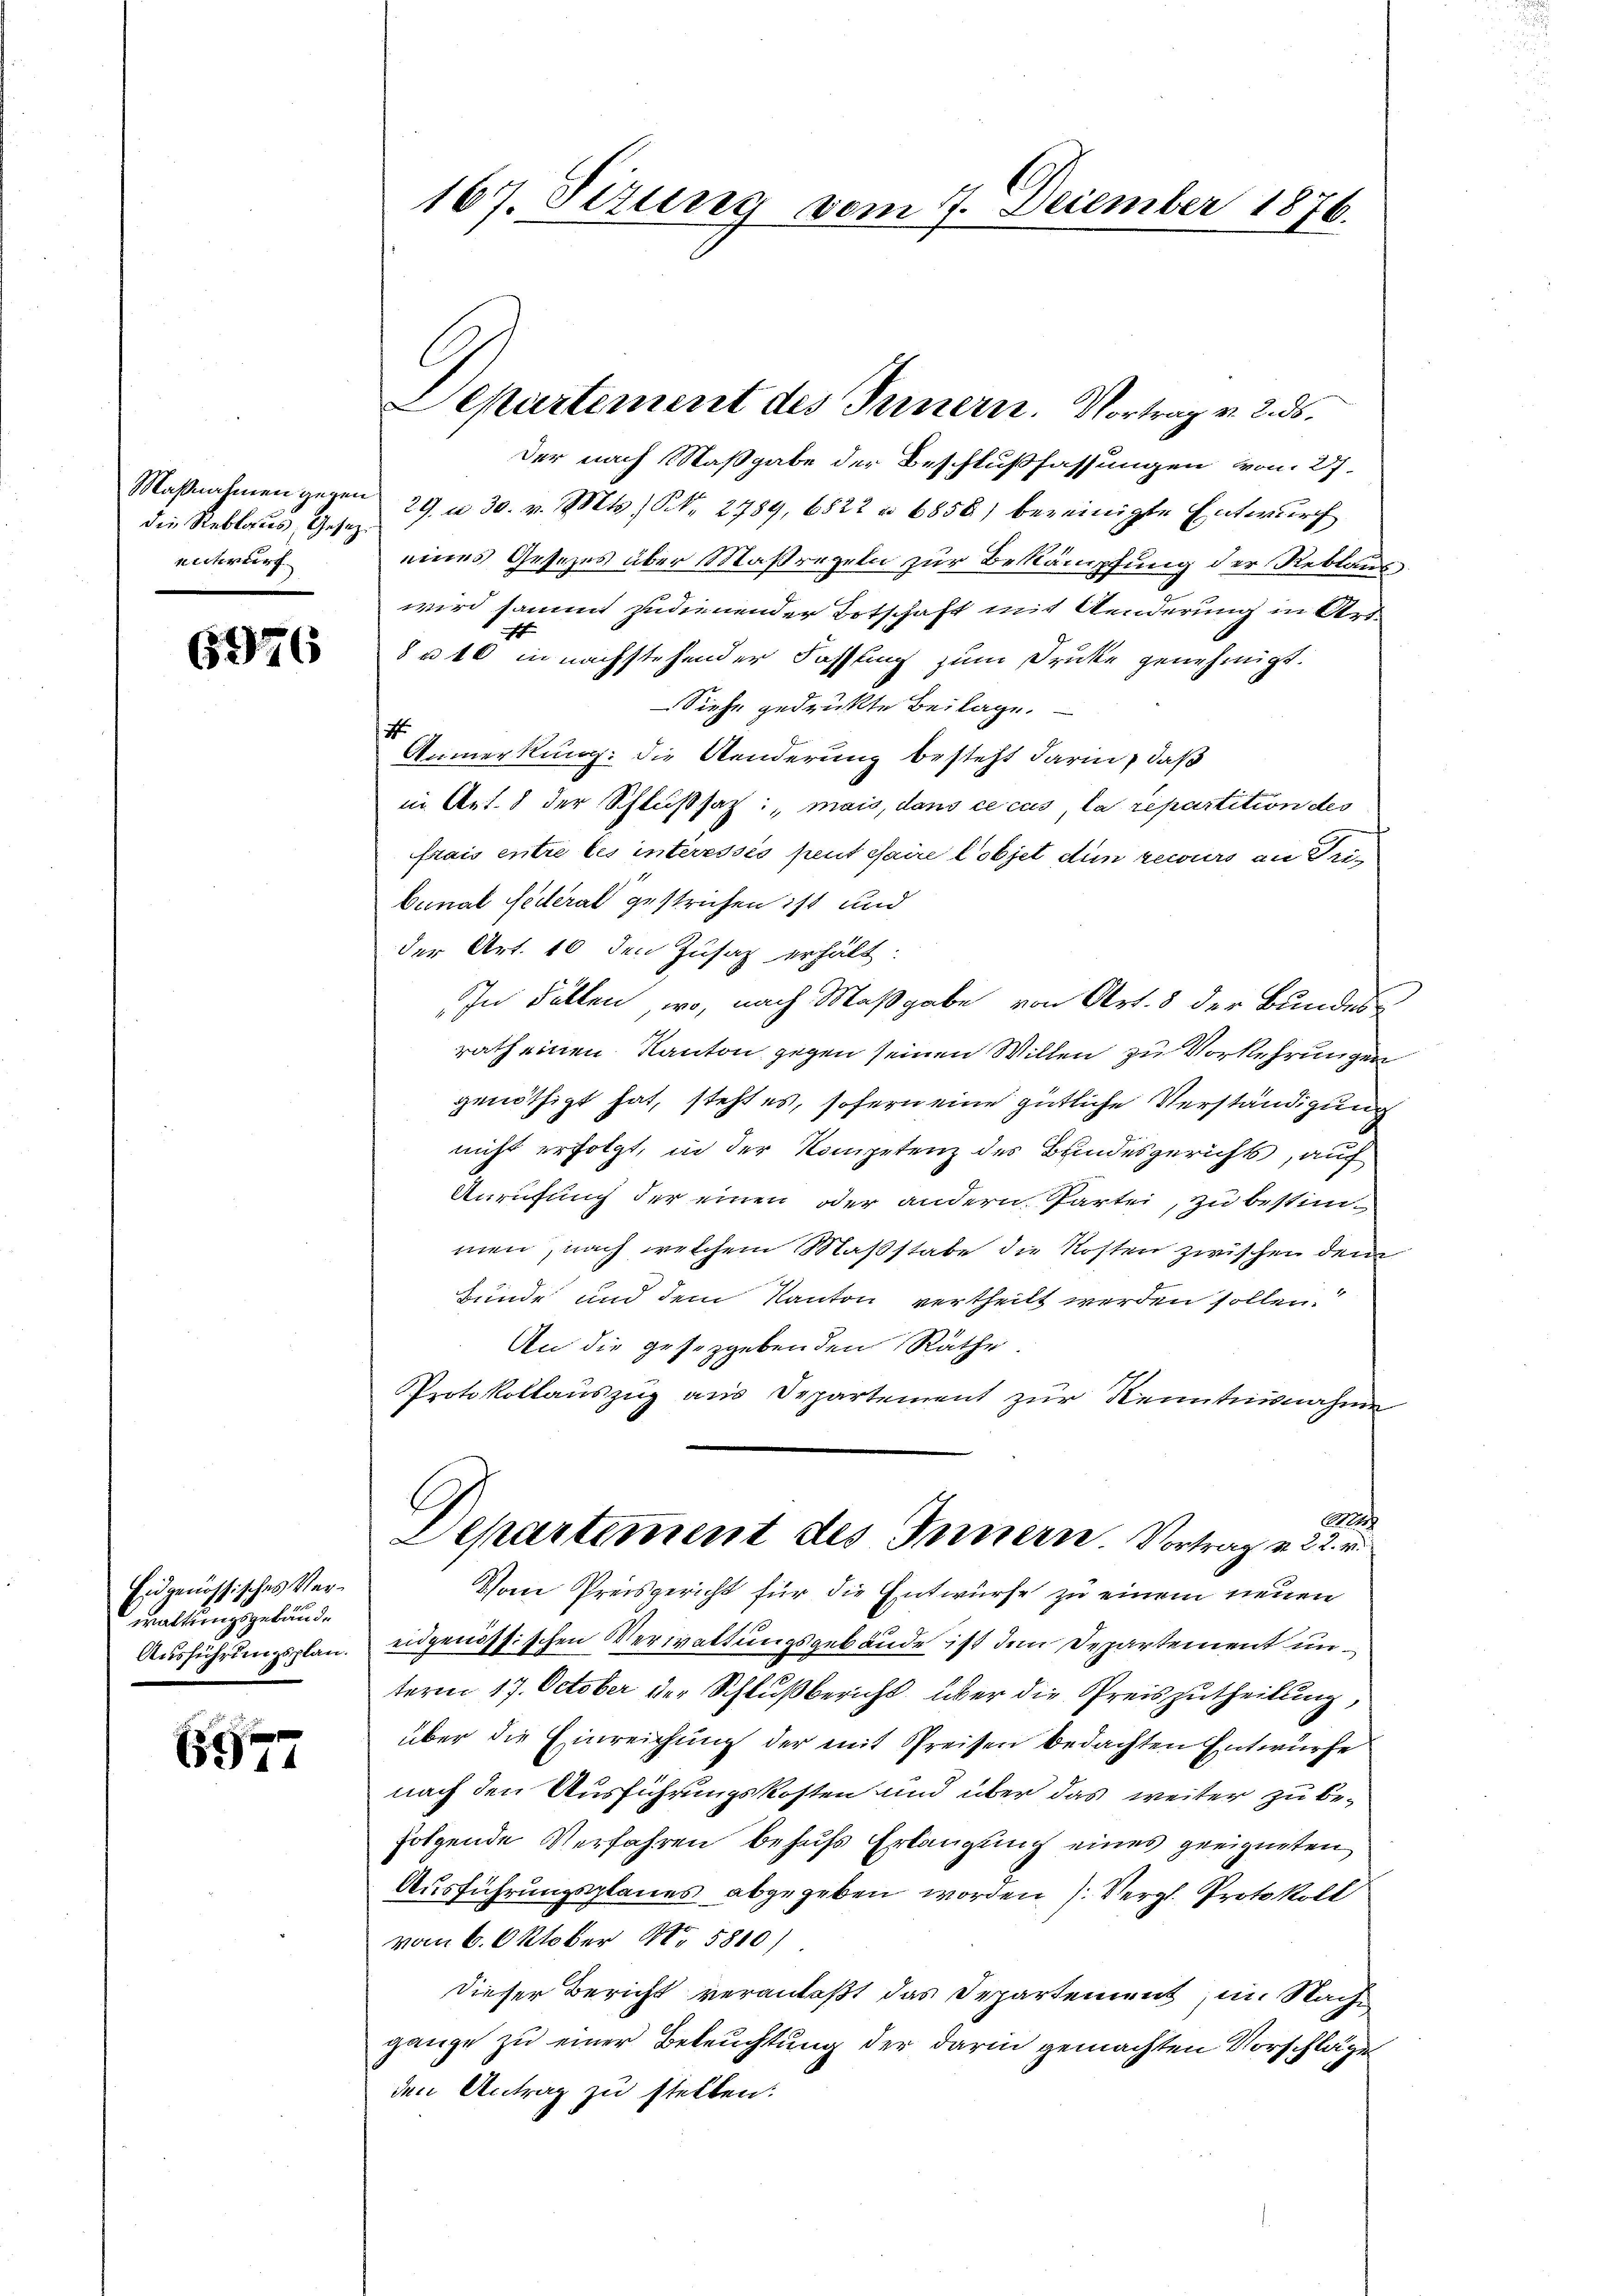
die Reblaus, Gesetzentwurf

6976

Eidgenössisches Verwaltungsgebäude
Ausführungsplan.

6977

167. Sizung vom 7. December 1876.

der nach Staßgabe der Beschlußfassungen vom 27.
Maβnahmen gegen 29 u. 30. v. Mts. S. 2789, 6822 n 6858) bereinigte Entwurf
eines Gesezes über Massregeln zur Bekämpfung der Reblauswird sammt zudienender Totschaft mit Aenderung in Art.
s
u 10 in nachstehender Fassung zum Drucke genehmigt.
Siehe gedruckte Beilage.
s
Anmerkung: die Aenderung besteht darin, daß
in Art. 8 der Schlußsatz: „mais, dans ce cas, la repartition des
frais entre les interessés peut faire l’objet die recours an Tribunal Pederal gestrichen ist und
der Art. 10 den Zusatz erhält.
In Fällen, wo, nach Maßgabe von Art. 8 der Bundes
rath einen Kanton gegen seinen Willen zu Vorkehrungen
genöthigt hat, steht es, sofern eine gütliche Verständigung
nicht erfolgt, in der Kompetenz des Bindesgerichts, auf
Anrufung der einen oder andern Partei, zu bestimmen, nach welchem Maßstabe die Kosten zwischen dem
Bunde und dem Kanton vertheilt werden sollen.
An die gesetzgebenden Räthe.
Protokollauszug aus Departement zur Kenntnisnahme
C
ch
Departement des Innern. Vortrag v. 22. v
Vom Preisgericht für die Entwurfe zu einem neuen
eidgenössischen Verwaltungsgebäude ist den Departement unterm 17. October der Schlußbericht über die Preiszutheilung,
über die Einreichung der mit Preisen bedachten Entwürfe
nach den Ausführungskosten und über das weiter zu befolgende Verfahren behufs Erlangung eines geeigneten
Ausführungsplanes abgegeben worden (Vergl. Protokoll
vom 6. Oktober N. 5810)
dieser Bericht veranlaßt das Departement, in Nache
gange zu einer Beleuchtung der darin gemachten Vorschläge
den Antrag zu stellen:

Departement des Innern. Vortrag v. 2. ds.